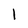
Character: 1